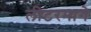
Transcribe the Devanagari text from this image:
लीटरमागे